Tezpur Lunatic Asylum reports 1877-1894 - 1877-1894
Year: 1877
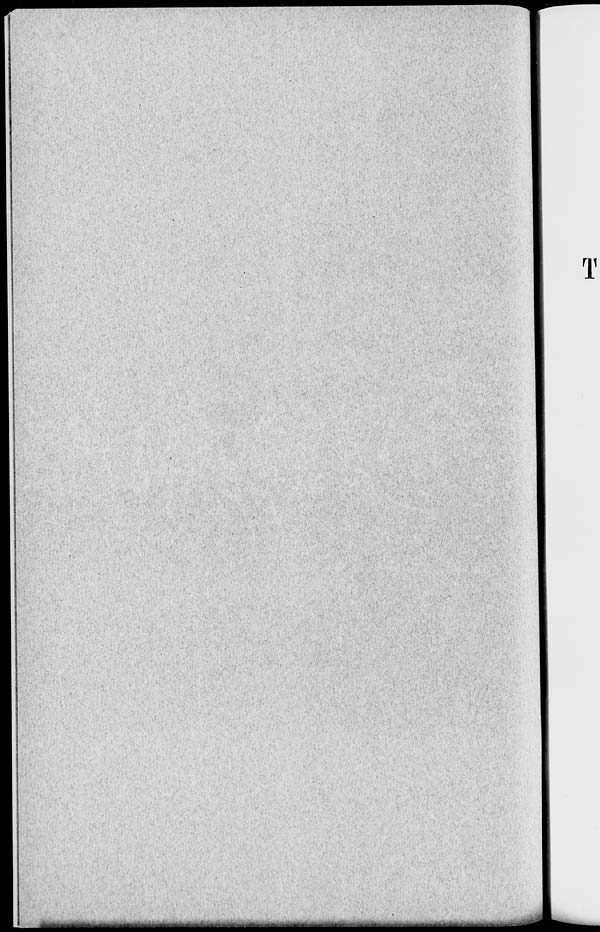
T